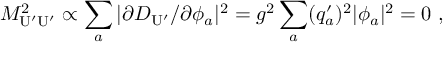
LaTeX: { \cal M } _ { \mathrm { U ^ { \prime } U ^ { \prime } } } ^ { 2 } \propto \sum _ { a } | \partial D _ { \mathrm { U ^ { \prime } } } / \partial \phi _ { a } | ^ { 2 } = g ^ { 2 } \sum _ { a } ( q _ { a } ^ { \prime } ) ^ { 2 } | \phi _ { a } | ^ { 2 } = 0 \ ,